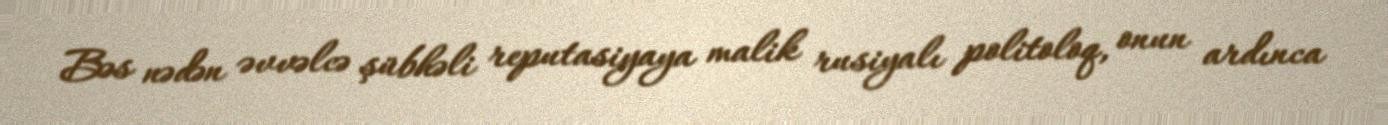
Bəs nədən əvvəlcə şübhəli reputasiyaya malik rusiyalı politoloq, onun ardınca